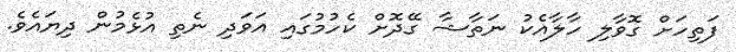
ފަތިހަށް ގޮވާލި ހާލާއެކު ނަތާޝާ ގޭދޮށް ކެހުމުގައި އަވަދި ނެތި އުޅެމުން ދިޔައެވެ.